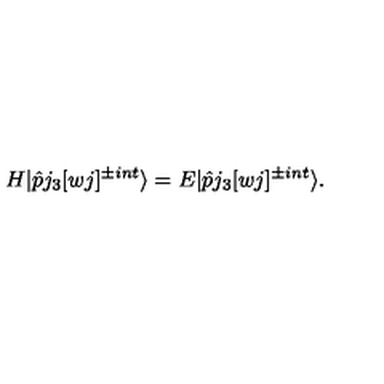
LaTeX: H | \hat { p } j _ { 3 } [ w j ] ^ { \pm i n t } \rangle = E | \hat { p } j _ { 3 } [ w j ] ^ { \pm i n t } \rangle .